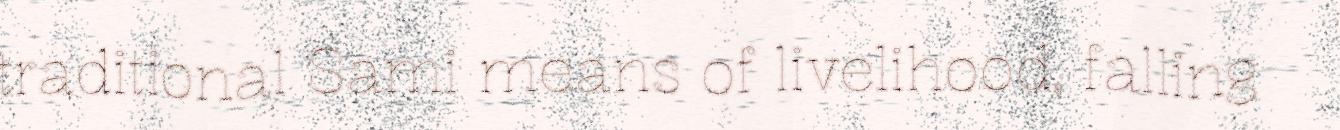
traditional Sami means of livelihood, falling